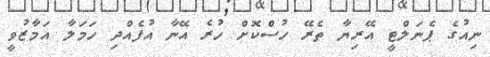
ނިއުގެ ޕެނަލްޓީ އޭރިޔާ ތެރޭ ހުސްކޮށް ހުރެ އޭނާ އުފެއްދި ހަމަލާ އަމާޒުވީ